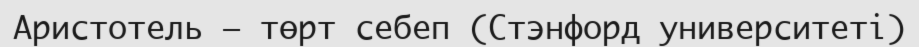
Аристотель — төрт себеп (Стэнфорд университеті)